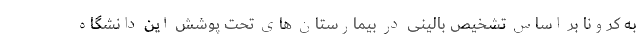
به کرونا بر اساس تشخیص بالینی در بیمارستان های تحت پوشش این دانشگاه